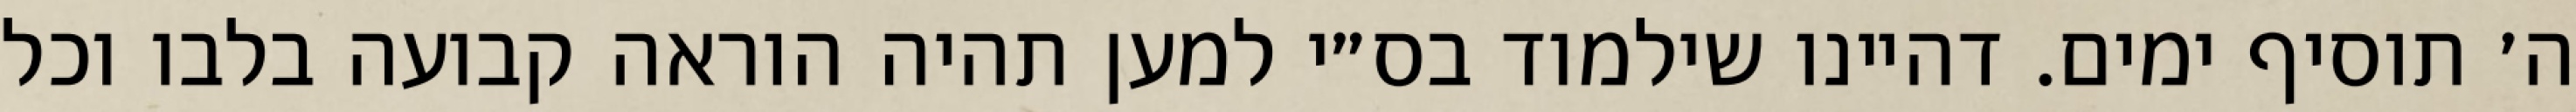
ה׳ תוסיף ימים. דהיינו שילמוד בס״י למען תהיה הוראה קבועה בלבו וכל